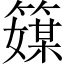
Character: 𥴘